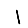
Digit: 1